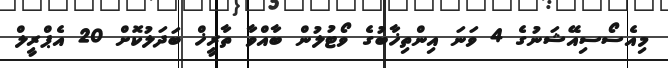
މިއެސޯސިއޭޝަނުގެ 4 ވަނަ އިންތިޚާބުގެ ވޯޓުލުން ބާއްވާ ތާރީޚް ބަދަލުކޮށް 20 އެޕްރީލް